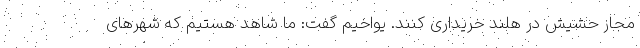
مجاز حشیش در هلند خریداری کنند. یواخیم گفت: ما شاهد هستیم که شهرهای